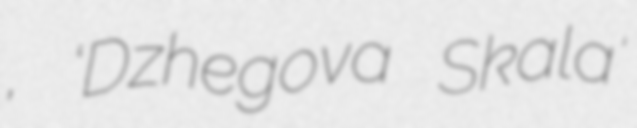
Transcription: скала, ‘Dzhegova Skala’